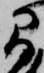
間